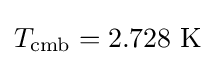
T_{\text{cmb}}=2.728~\mathrm {K}